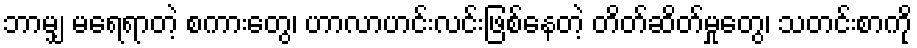
ဘာမျှ မရေရာတဲ့ စကားတွေ၊ ဟာလာဟင်းလင်းဖြစ်နေတဲ့ တိတ်ဆိတ်မှုတွေ၊ သတင်းစာကို